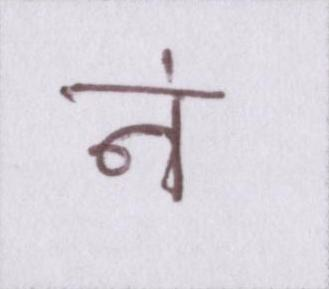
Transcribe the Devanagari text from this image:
नं